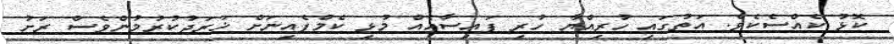
ކޮޅު ކެއްސެކެވެ. އަތުގައި ހުރިއްޔާ ހުރި ފައިސާއެއް މުޅި ކެމްޕެއިނަށް ޚަރަދުކުރުމުންވެސް ރަށު